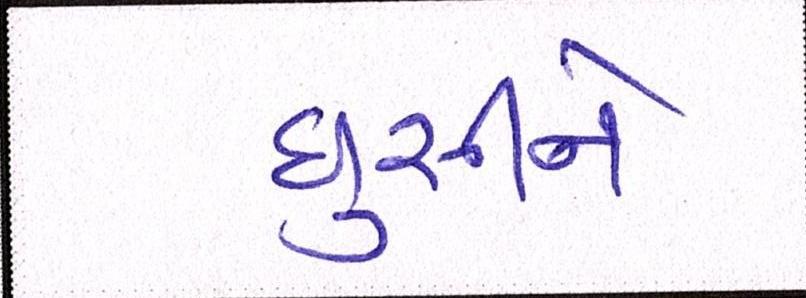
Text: ઘુસીને